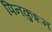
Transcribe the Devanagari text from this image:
पिनकुशन